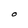
Character: O